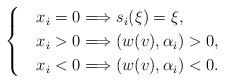
LaTeX: \begin{align*} \begin{cases} & x_i = 0 \Longrightarrow s_i(\xi) = \xi, \\ & x_i > 0 \Longrightarrow (w(v), \alpha_i) > 0, \\ & x_i < 0 \Longrightarrow (w(v), \alpha_i) < 0. \end{cases}\end{align*}